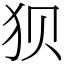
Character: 狈